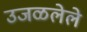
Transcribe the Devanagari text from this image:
उजळलेले